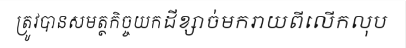
ត្រូវបានសមត្ថកិច្ចយកដីខ្សាច់មករាយពីលើកលុប